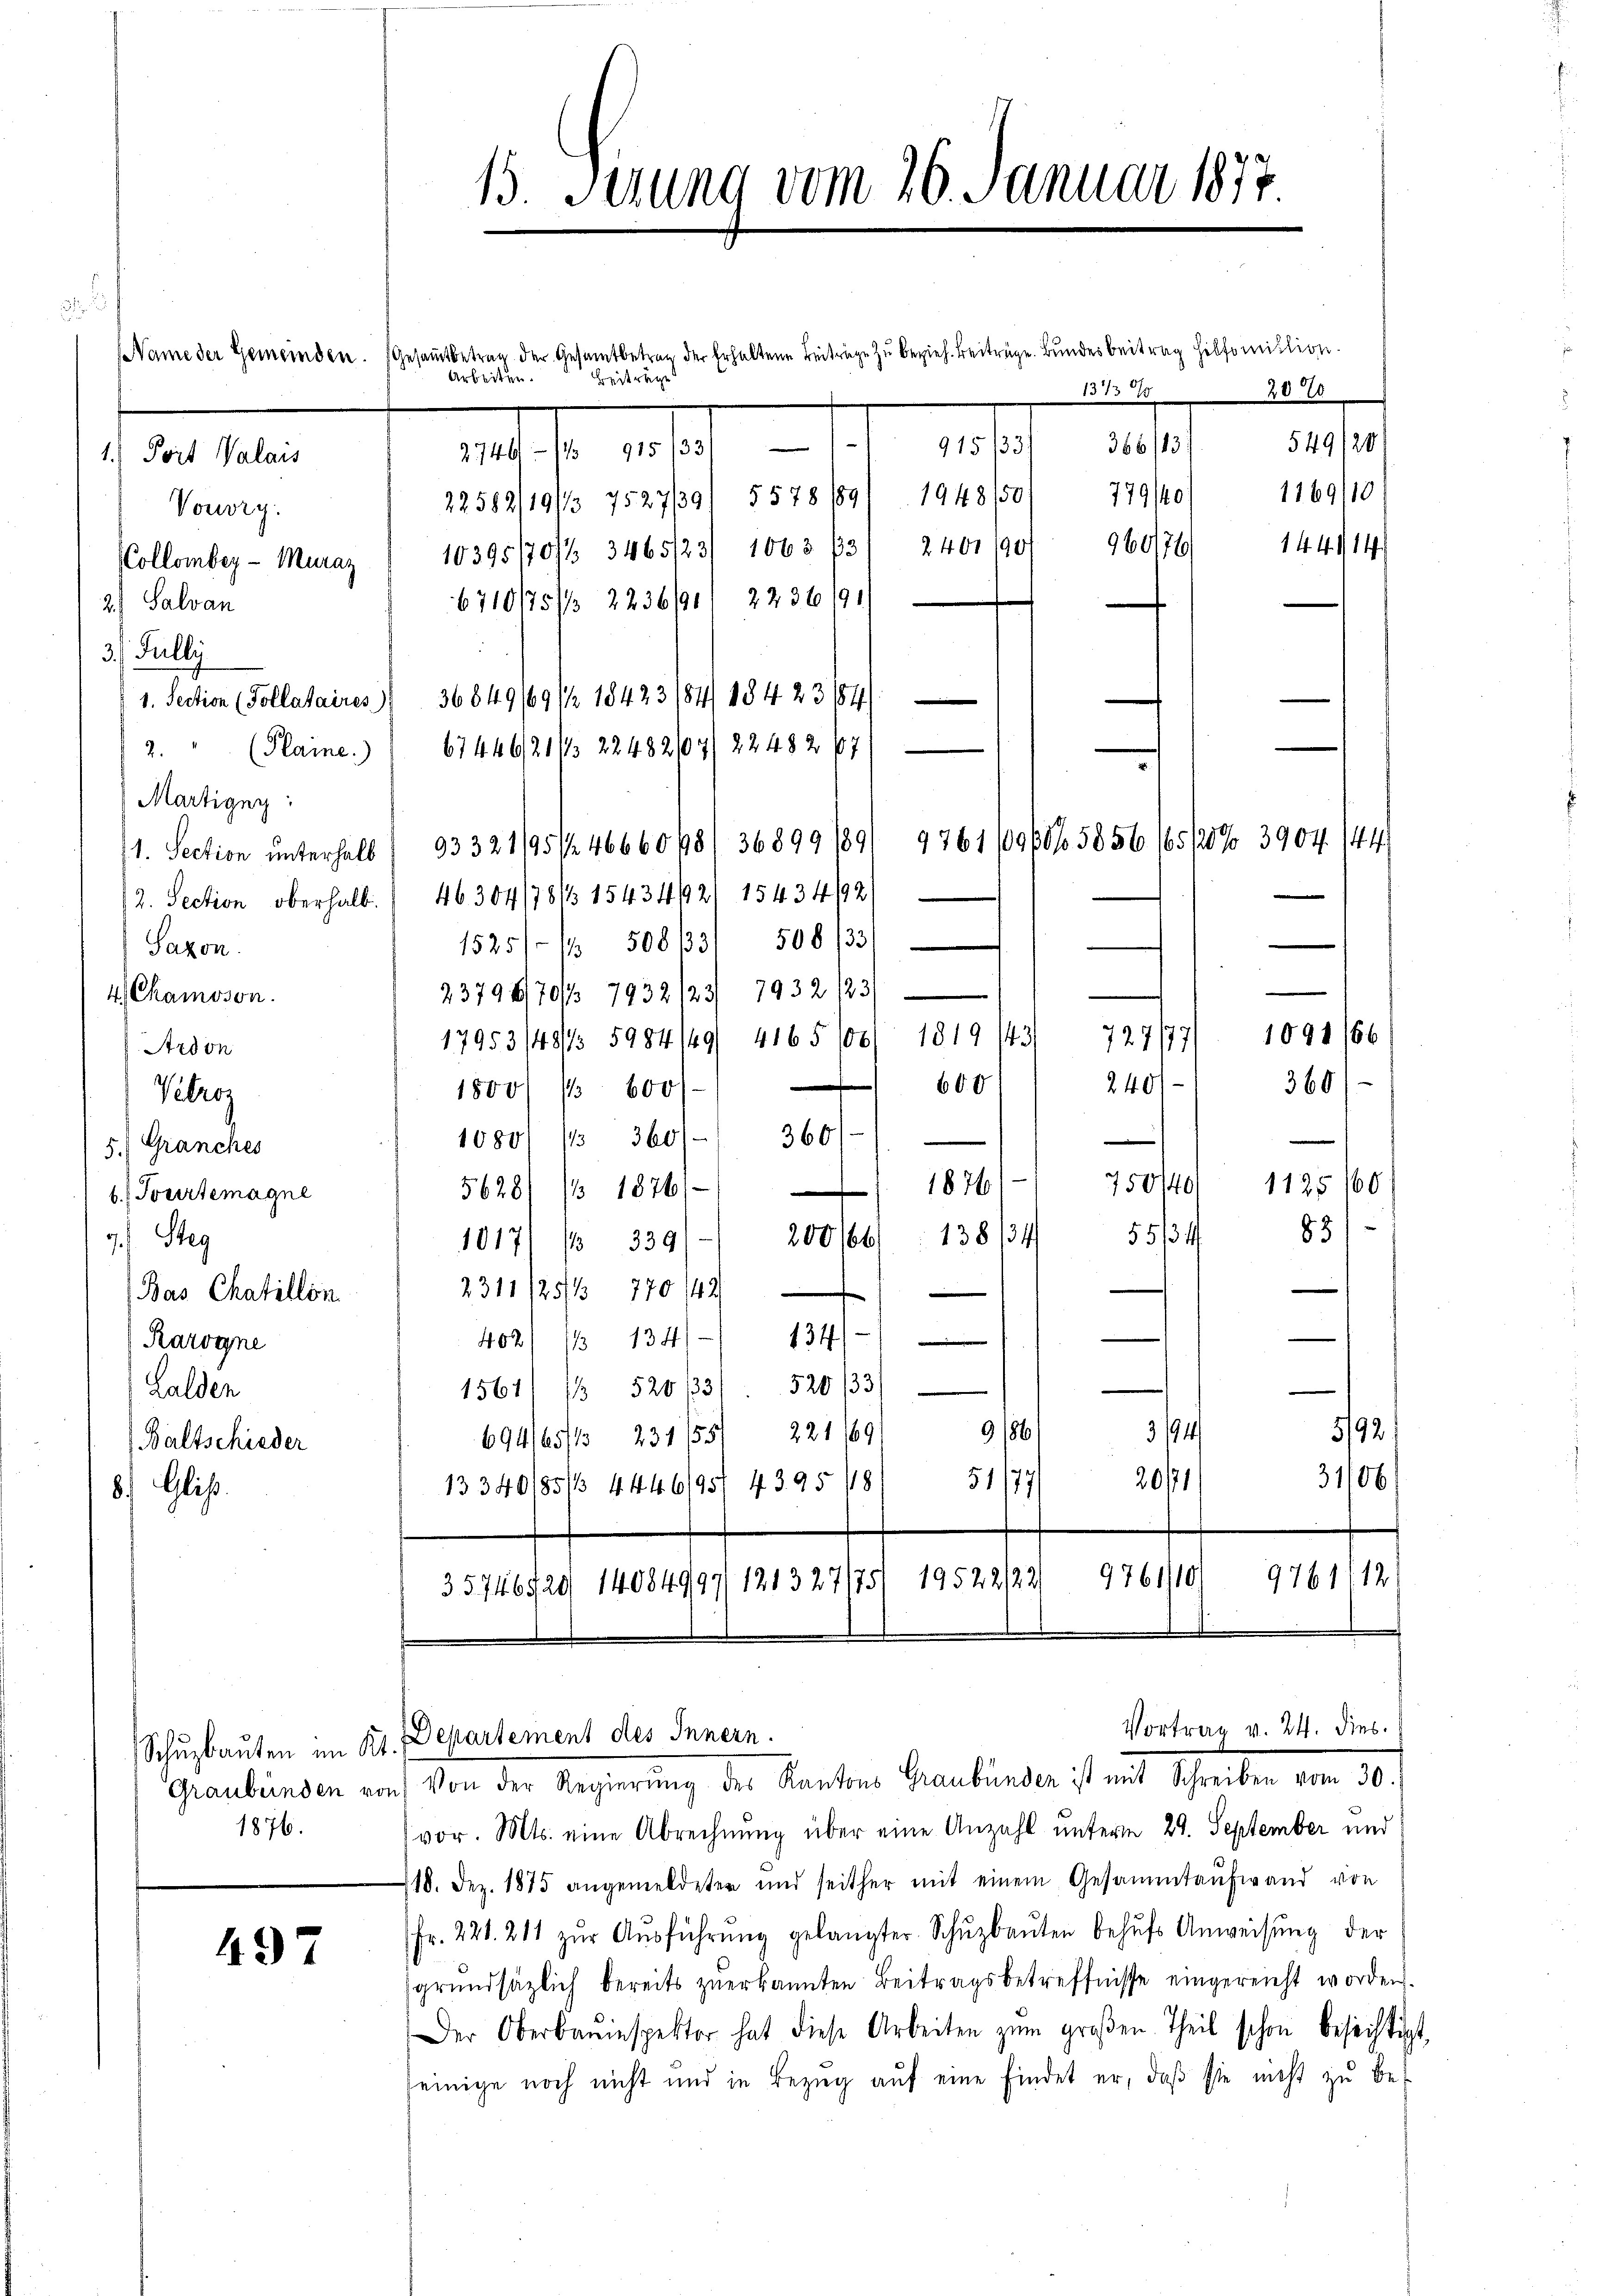
e

NNName der Gemeinden. (Gesammtbetrag der Gesamtbetrag der Erhaltene Beiträge zu bezieh. Beiträge. Bundesbeitrag Hilfomission.
Arbeiten.
Beiträge
1373 %
.
915/331 366/131549/20
vedite die
1) Port Valais
1169/10
779/40/
1948/50/
22582/19/ 7527/39/ 5578 189
Vouvry.
960176
1441/14
Collomber - Muraz  10395/701/ 3465123/ 1063 731 2401 190
6710/75/ 2236/91 2236/91
2.) Salvan
3. Jully
1. Section (Pollataires) 36849/691/ 18423/84/ 184 23/84)
2." (Plaine. 6744921/3 22482/07/ 22482 67
Martigny:
11. Section unterhalb 93321195/4666048/36899/89/
2. Section oberhalb. 46304/78/3 15434/2/ 15434/2
1525/ / 508/3/ 508/33/
Saxon.
23798/70//3 7932123/ 7932123)
4 Chamoson.
17953/48/5984149/ 4165/00/ 1819/4/
Ardon
600
1800/ 1 600
Vetrog
360
10801 115 360)
5.) Granches
1125160/
f
1876
¬
5628/ / 1876/
b. Tourtemagne
83
§ 514
138/31
200/66
7. Steg
1017/ / 339
2311/25/13 770/44
Bas Chaillon
134/
4021/3 134
Rarogne
n
1561/ 1 520331 520/3/
Lalden
9/86/
5192.
3/94
694165/ 231/55/ 221 169
Baltschieder
31/06
51/77/ 20171
13340/85/ 4446195/ 4395/18
8.) Glis.
9761/10
m
357461/20 14084997/121327/75/ 19522/22/

497

Schuzbauten im Kt.
Graubünden vor
1876.

15. Serung vom 26. Januar 1877

Departement des Innern.

9761/9/65856/65/7 3904. 144
e
1091/66
m
240/
360

20%

Vortrag v. 24. dies

Von der Regierung des Kantons Graubünden ist mit Schreiben vom 30.
vor. Mts. eine Abrechnung über eine Anzahl unterm 29. September und
118. Dez. 1875 angemeldeter und seither mit einem Gesammtaufwand von
Fr. 221. 211 zŭr Aŭsführŭng gelangter Schŭzbaŭten behŭfs Anweisung der
sgrŭndsätzlich bereits zŭerkannten Beitragsbetreffnisse eingereicht worden.
Der Oberbauinspektor hat diese Arbeiten zŭm groβen Theil schon besichtigt,
einige noch nicht und in Bezug auf eine findet er, daß sie nicht zu be-